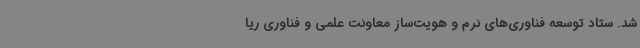
شد. ستاد توسعه فناوری‌های نرم و هویت‌ساز معاونت علمی و فناوری ریا